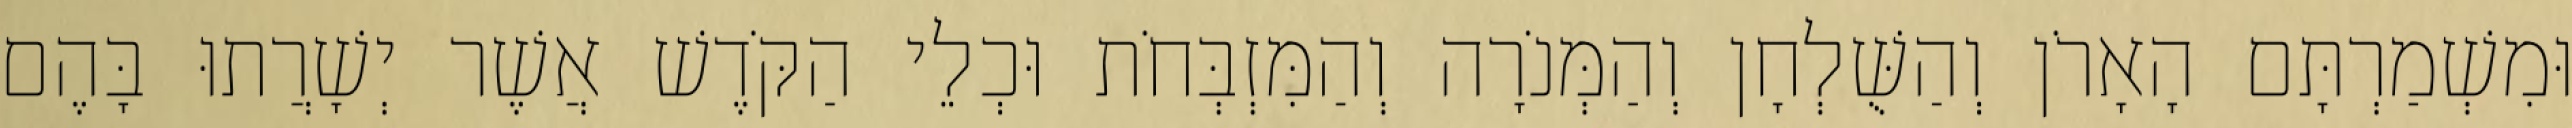
וּמִשְׁמַרְתָּם הָאָרֹן וְהַשֻּׁלְחָן וְהַמְּנֹרָה וְהַמִּזְבְּחֹת וּכְלֵי הַקֹּדֶשׁ אֲשֶׁר יְשָׁרֲתוּ בָּהֶם